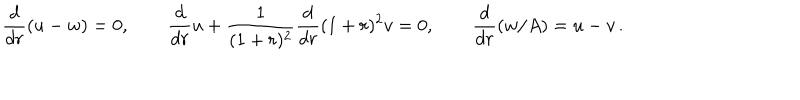
{ \frac { d } { d r } } ( u - w ) = 0 , \qquad { \frac { d } { d r } } u + { \frac { 1 } { ( 1 + r ) ^ { 2 } } } { \frac { d } { d r } } ( 1 + r ) ^ { 2 } v = 0 , \qquad { \frac { d } { d r } } ( w / A ) = u - v \, .